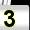
Digit: 3